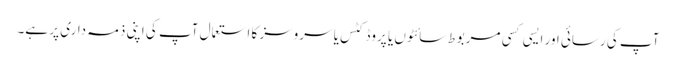
آپ کی رسائی اور ایسی کسی مربوط سائٹوں یا پروڈکٹس یا سروسز کا استعمال آپ کی اپنی ذمہ داری پر ہے۔